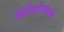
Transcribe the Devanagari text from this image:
कोर्टकचेर्‍यांमध्ये